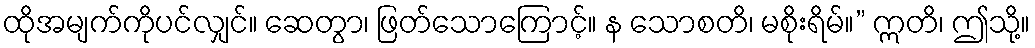
ထိုအမျက်ကိုပင်လျှင်။ ဆေတွာ၊ ဖြတ်သောကြောင့်။ န သောစတိ၊ မစိုးရိမ်။” ဣတိ၊ ဤသို့။